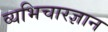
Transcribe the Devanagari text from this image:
व्यभिचारज्ञान